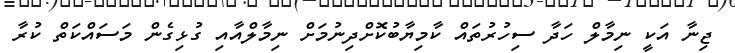
ޖިނާ އަކީ ނިމާލް ހަދާ ސިހުރުތައް ކާމިޔާބުކޮށްދިނުމަށް ނިމާލްއާއި ގުޅިގެން މަސައްކަތް ކުރާ